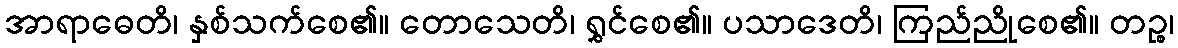
အာရာဓေတိ၊ နှစ်သက်စေ၏။ တောသေတိ၊ ရွှင်စေ၏။ ပသာဒေတိ၊ ကြည်ညိုစေ၏။ တဉ္စ၊